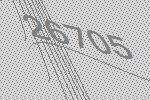
26705